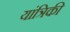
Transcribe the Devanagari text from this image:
यांत्रिकी